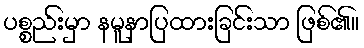
ပစ္စည်းမှာ နမူနာပြထားခြင်းသာ ဖြစ်၏။